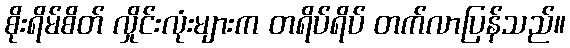
စိုးရိမ်စိတ် လှိုင်းလုံးများက တရိပ်ရိပ် တက်လာပြန်သည်။